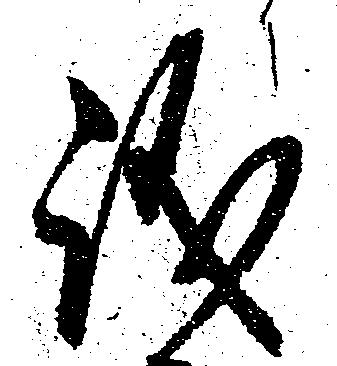
議